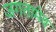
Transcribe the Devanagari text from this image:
जगतामेव